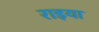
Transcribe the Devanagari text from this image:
राइया